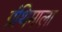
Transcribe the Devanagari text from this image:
ग्रंथिमाला